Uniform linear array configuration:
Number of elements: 12
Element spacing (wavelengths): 0.25
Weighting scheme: hamming
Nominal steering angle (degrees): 45
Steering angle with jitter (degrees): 45.827
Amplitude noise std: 0.05
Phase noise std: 0.05

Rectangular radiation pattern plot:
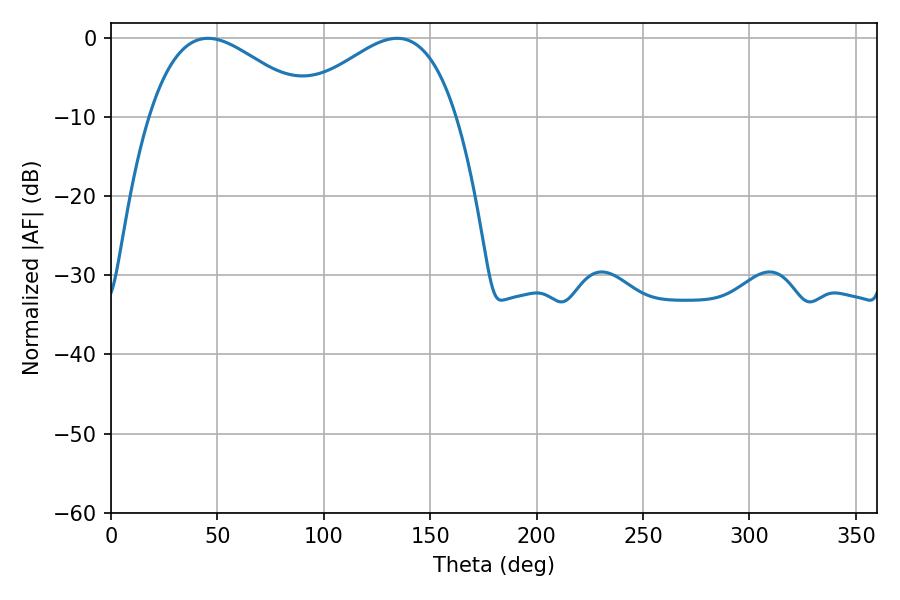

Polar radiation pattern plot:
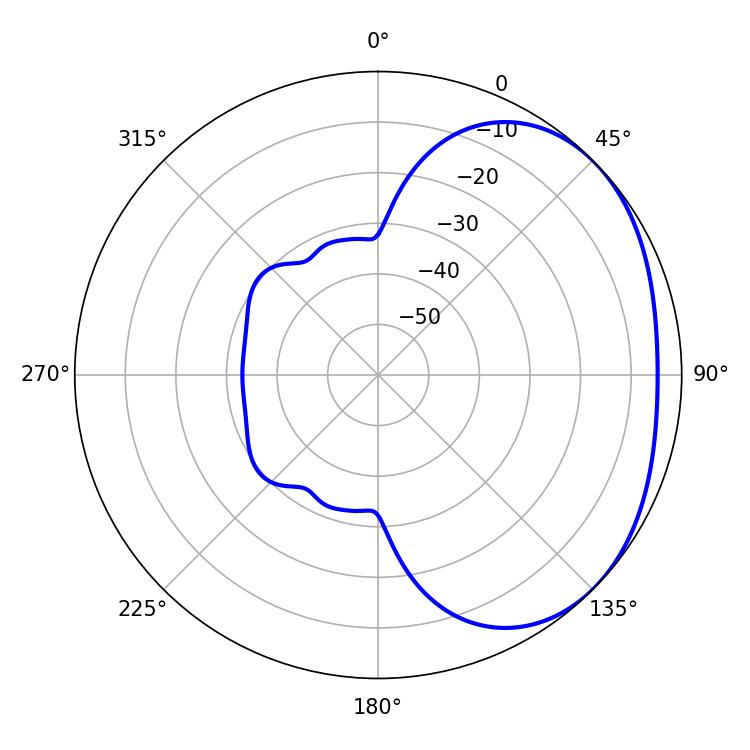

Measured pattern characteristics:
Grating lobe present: FALSE
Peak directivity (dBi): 2.367
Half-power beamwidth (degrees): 41.4
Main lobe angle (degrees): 45.54